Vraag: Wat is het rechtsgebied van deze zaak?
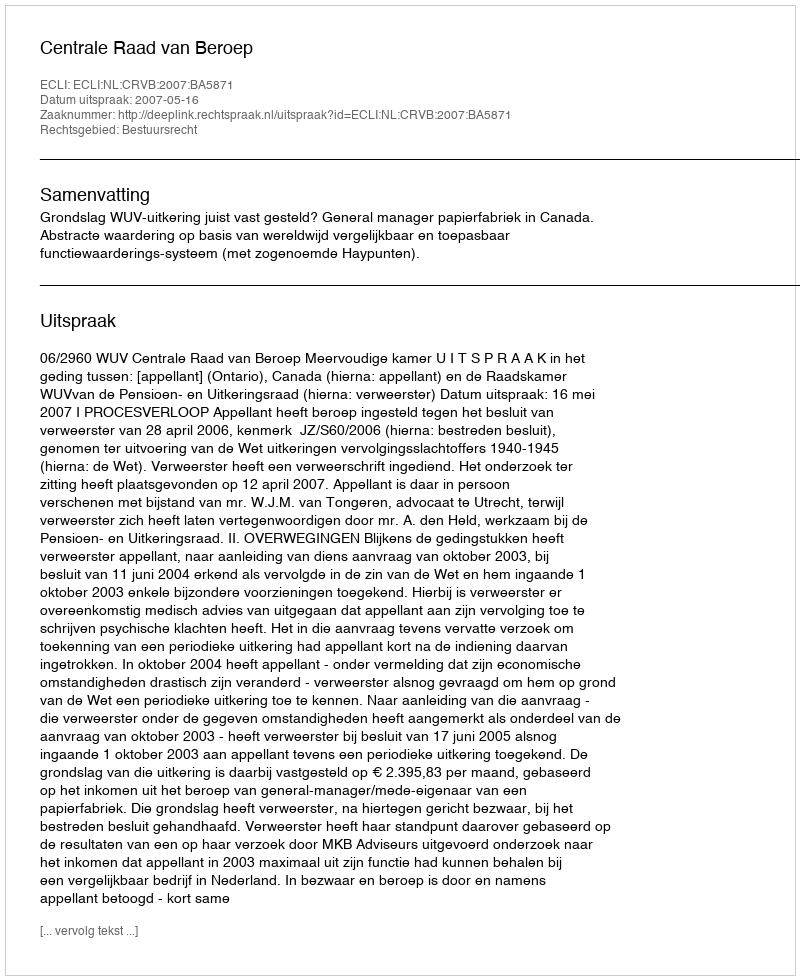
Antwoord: Bestuursrecht